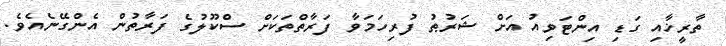
ތާރީޚާއި ގަޑި އިންޓަވިއު އަށް ޝަރުޠު ފުރިހަމަވާ ފަރާތްތަކަށް ސްކޫލުގެ ފަރާތުން އެންގޭނެއެވެ.